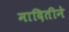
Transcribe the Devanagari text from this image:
मादितीने